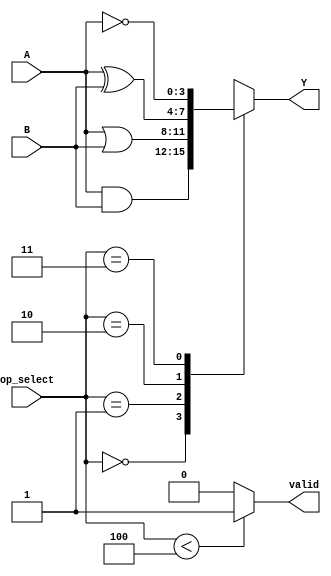
module AdjacencyGroup (
    input wire [3:0] A,          // 4-bit input vector A
    input wire [3:0] B,          // 4-bit input vector B
    input wire [1:0] op_select,   // Operation selector: 00=AND, 01=OR, 10=XOR, 11=NOT A
    output wire [3:0] Y,         // 4-bit output vector Y
    output wire valid             // Output flag for valid operation
);

    reg [3:0] Y_reg;             // Register to hold the output value

    // Operation to perform based on op_select
    always @(*) begin
        case (op_select)
            2'b00: Y_reg = A & B;  // AND operation
            2'b01: Y_reg = A | B;  // OR operation
            2'b10: Y_reg = A ^ B;  // XOR operation
            2'b11: Y_reg = ~A;      // NOT operation (inverted A)
            default: Y_reg = 4'b0000; // Default to 0
        endcase
    end

    assign Y = Y_reg;              // Assign output
    assign valid = (op_select < 4) ? 1'b1 : 1'b0;  // Valid flag based on operation selection

endmodule